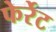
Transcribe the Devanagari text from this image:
फेर्रेट